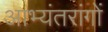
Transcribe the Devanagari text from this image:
आभ्यंतरांगों